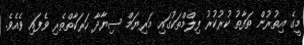
މީގެ އިތުރުން ތަފާތު ކުރުކުރު ފިލްމްތަކުގައި މަރިޔަމް ސިޔާދާ ހަރަކާތްތެރި ވެފައި ވެއެވެ.